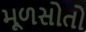
મૂળસોતો